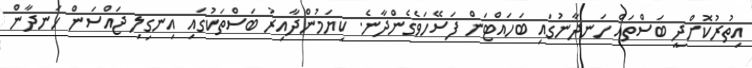
އިތުރުކޮށްދީ ބަސްތައް ހަނދާނުގައި ބަހައްޓަން ފަސޭހަވެގެންދާނެ. ކިޔަމުންދާއިރު ބަސްތަކުގައި އިނގިލި ޖައްސަން ހަނދާން